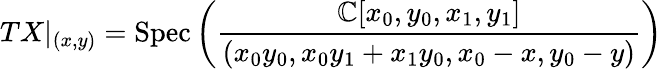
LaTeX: TX|_{(x,y)}={\mathrm{Spec}}\left({\frac{\mathbb{C}[x_{0},y_{0},x_{1},y_{1}]}{(x_{0}y_{0},x_{0}y_{1}+x_{1}y_{0},x_{0}-x,y_{0}-y)}}\right)